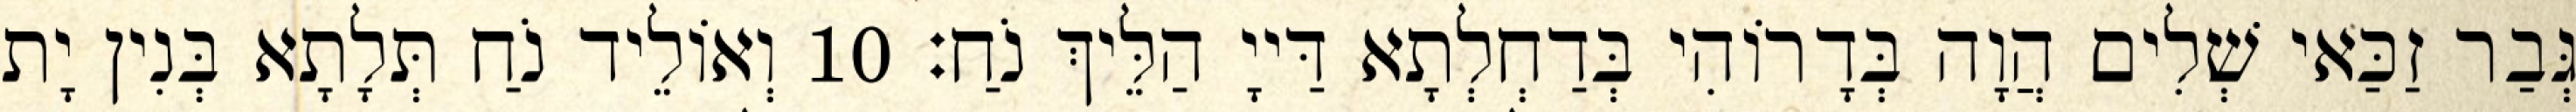
גְּבַר זַכַּאי שְׁלִים הֲוָה בְּדָרוֹהִי בְּדַחְלְתָא דַּייָ הַלֵּיךְ נֹחַ׃ 10 וְאוֹלֵיד נֹחַ תְּלָתָא בְּנִין יָת